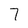
Character: 7